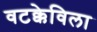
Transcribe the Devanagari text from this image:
वटक्केविला